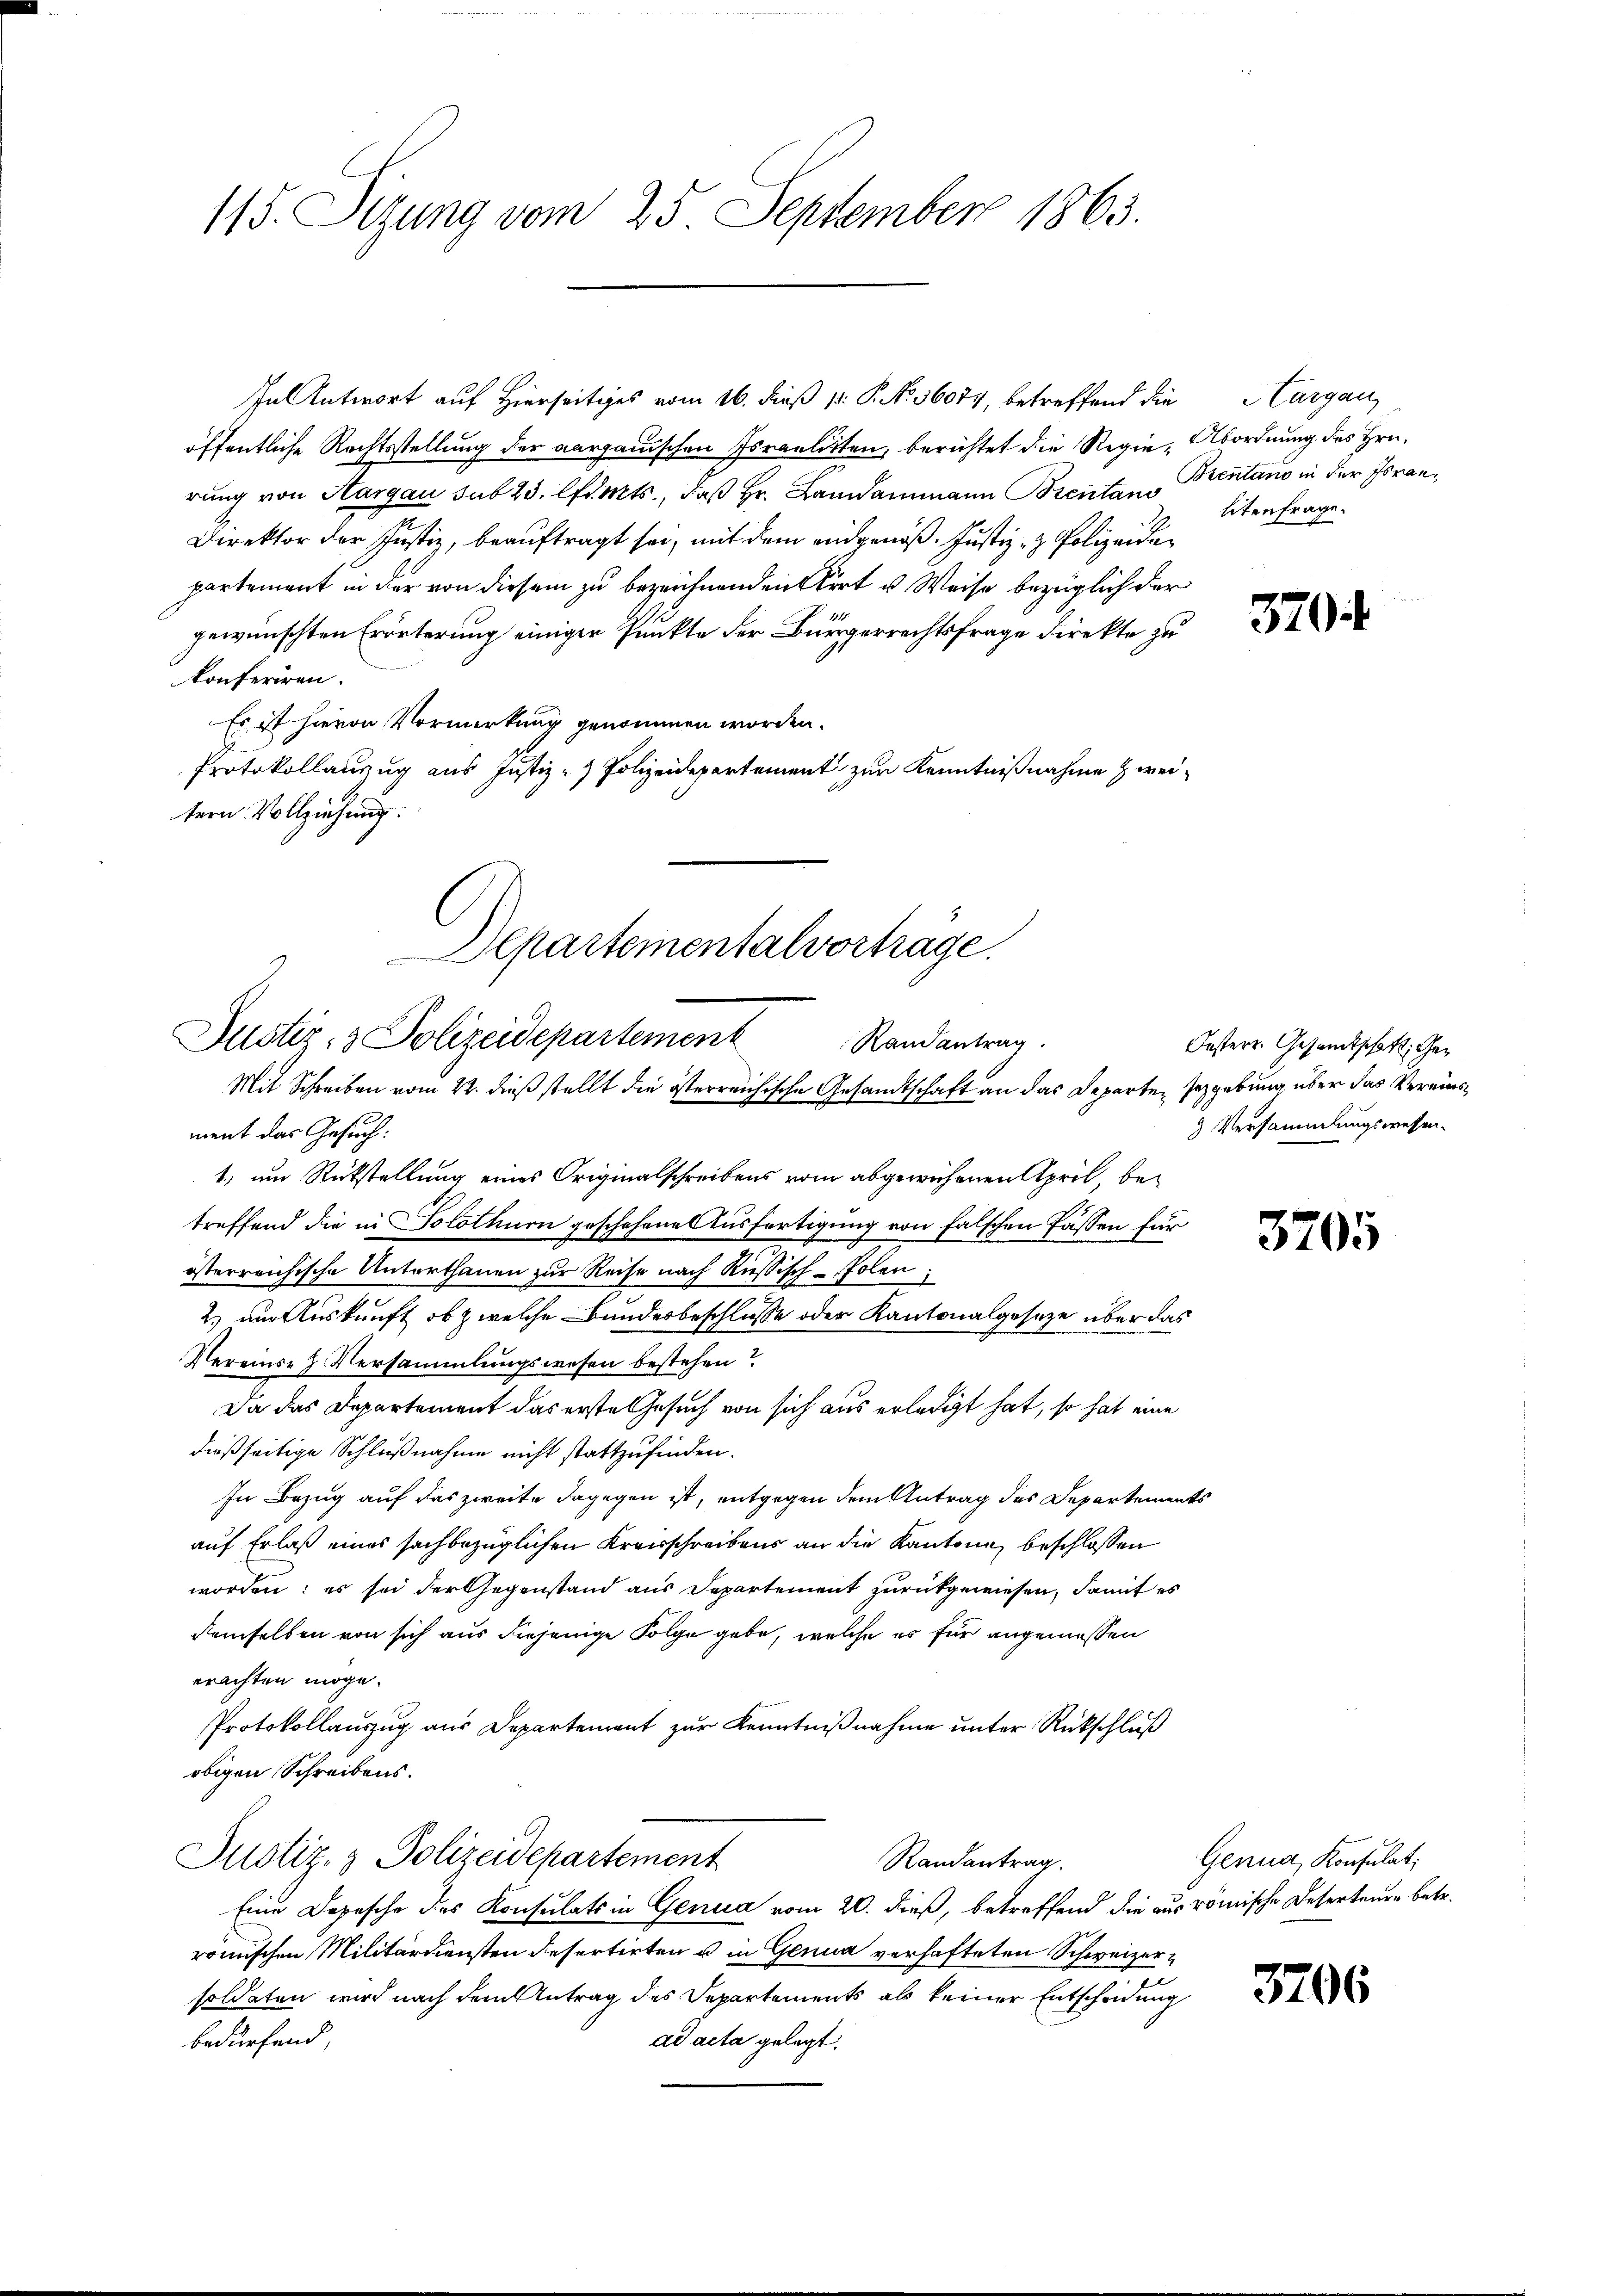
115. Sizung vom 25. September 1863.

öffentliche Rechtsstellung der aargauischen Israelitten, berichtet die Regie- Abordnung des Hrn.
rung von Aargau sub 23. lfamts, daß Hr. Landammann Brentan Brentano in der Joran¬
Direktor der Justiz, beauftragt sei, mit dem eidgenöß. Justiz- & Polizeiden
partement in der von diesem zu bezeichnenden Wert u. Weise bezüglich der
gewünschten Erörterung einiger Punkte der Bürgerrechtsfrage direkte zu
konferiren.
Es ist hievon Vormerkung genommen worden.
Protokollanzug aus Justiz - Polizeidepartement zur Kenntnißnahme zweitern Vollziehung.
Departementalverträge.

Justiz- & Polizeidepartement
Randantrag.
Mit Schreiben vom 22. dieß stellt die österreichische Gesandtschaft an das Departen Gezgebung über das Vereins¬

ment das Gesuch:
1.) um Rückstellung eines Originalschreibens vom abgewichenen April, betreffend die in Solothurn geschehene Ausfertigung von falschen Passen für
österreichische Unterthanen zur Reise nach Russisch-Polen,
2.) um Auskunft, ob & welche Bundesbeschlusse oder Kantonalgeseze über das
Vereinse z. Versammlungswesen bestehen?
Da das Departement das erste Gesuch von sich aus erledigt hat, so hat eine
dießseitige Schlußnahme nicht stattzufinden.
In Bezug auf das zweite dagegen ist, entgegen dem Antrag des Departements
auf Erlaß eines sachbezüglichen Kreisschreibens an die Kantone, beschlossen
worden: es sei der Gegenstand aus Departement zurückgewiesen, damit es
demselben von sich aus diejenige Folge gebe, welche es für angemessen
erachten möge.
Protokollauszug aus Departement zur Kenntnißnahme unter Rückschluß
obigen Schreibens.
Justiz- & Polizeidepartement
Randantrag.
Eine Depesche des Konsulats in Genua vom 20. dieß, betreffend die aus römische Deserteure betr.
römischen Militärdiensten desertirten u in Genua verhafteten Schweizersoldaten wird nach dem Antrag des Departements als keiner Entscheidung
bedürfend,
ad acta gelegt.

In Antwort auf Hierseitiges vom 16. dieß p. P. No. 36074, betreffend die Hargau,

litenfrage.

Oesterr. Gesandtschaft, Ge¬
 Versammlungswesen.

370

3705

Genua, Konsulat,

3706